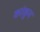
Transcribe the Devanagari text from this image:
कांकुन